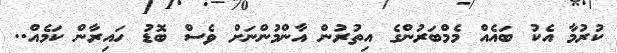
ކުރުމާ އެކު ބައެއް މެމްބަރުންގެ އިތުރުން އާންމުންނަށް ވެސް ބޮޑު ހައިރާން ކަމެއް..